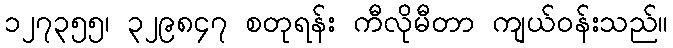
၁၂၇၃၅၅၊ ၃၂၉၈၄၇ စတုရန်း ကီလိုမီတာ ကျယ်ဝန်းသည်။